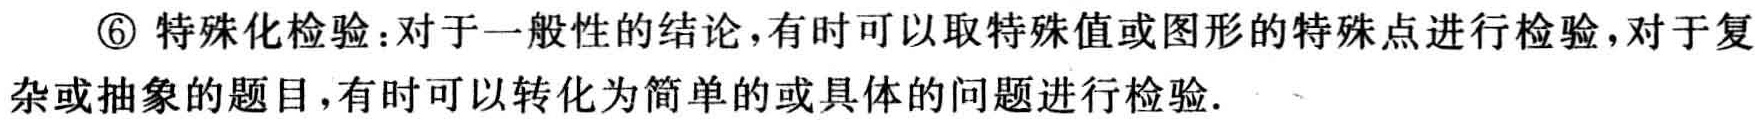
\textcircled{6} 特殊化检验：对于一般性的结论，有时可以取特殊值或图形的特殊点进行检验，对于复杂或抽象的题目，有时可以转化为简单的或具体的问题进行检验.